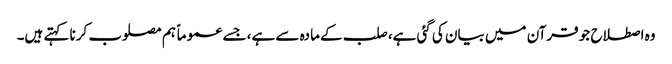
وہ اصطلاح جو قرآن میں بیان کی گئی ہے، صلب کے مادہ سے ہے، جسے عموماً ہم مصلوب کرنا کہتے ہیں۔